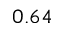
0 . 6 4